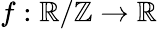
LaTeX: f:{\mathbb{R}/\mathbb{Z}}\to\mathbb{R}